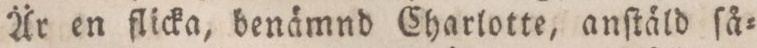
Är en flicka, benämnd Charlotte, anſtäld ſå=